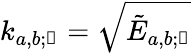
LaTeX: k_{a,b;\mathscr{n}}=\sqrt{\tilde{E}_{a,b;\mathscr{n}}}